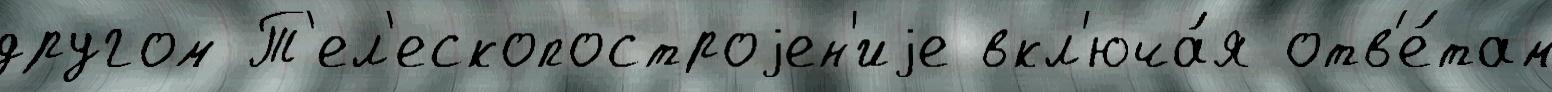
другом Т'ел'ескопостроjен'иjе вкл'юча́я отв'е́там